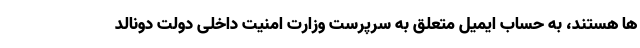
ها هستند، به حساب ایمیل متعلق به سرپرست وزارت امنیت داخلی دولت دونالد